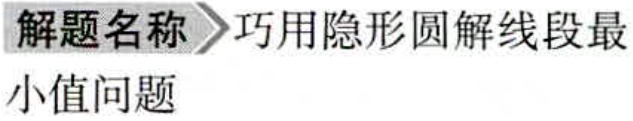
解题名称 \(\rhd\) 巧用隐形圆解线段最小值问题